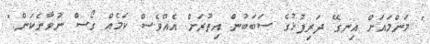
" މަންމައަށް އިނގޭ ދަރިފުޅުގެ ސަަބަބުން އިތުރަށް އެއްވެސް ކަމެއް ގޯސް ނުވާނެކަން."